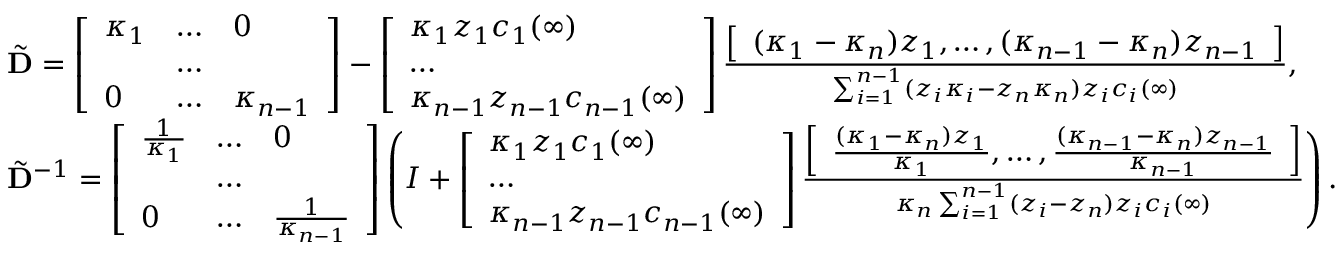
\begin{array} { r l } & { \tilde { \mathbf { D } } = \left[ \begin{array} { l l l } { \kappa _ { 1 } } & { \hdots } & { 0 } \\ & { \hdots } & \\ { 0 } & { \hdots } & { \kappa _ { n - 1 } } \end{array} \right] - \left[ \begin{array} { l } { \kappa _ { 1 } z _ { 1 } c _ { 1 } ( \infty ) } \\ { \hdots } \\ { \kappa _ { n - 1 } z _ { n - 1 } c _ { n - 1 } ( \infty ) } \end{array} \right] \frac { \left[ \begin{array} { l } { ( \kappa _ { 1 } - \kappa _ { n } ) z _ { 1 } , \hdots , ( \kappa _ { n - 1 } - \kappa _ { n } ) z _ { n - 1 } } \end{array} \right] } { \sum _ { i = 1 } ^ { n - 1 } ( z _ { i } \kappa _ { i } - z _ { n } \kappa _ { n } ) z _ { i } c _ { i } ( \infty ) } , } \\ & { \tilde { \mathbf { D } } ^ { - 1 } = \left[ \begin{array} { l l l } { \frac { 1 } { \kappa _ { 1 } } } & { \hdots } & { 0 } \\ & { \hdots } & \\ { 0 } & { \hdots } & { \frac { 1 } { \kappa _ { n - 1 } } } \end{array} \right] \left( I + \left[ \begin{array} { l } { \kappa _ { 1 } z _ { 1 } c _ { 1 } ( \infty ) } \\ { \hdots } \\ { \kappa _ { n - 1 } z _ { n - 1 } c _ { n - 1 } ( \infty ) } \end{array} \right] \frac { \left[ \begin{array} { l } { \frac { ( \kappa _ { 1 } - \kappa _ { n } ) z _ { 1 } } { \kappa _ { 1 } } , \hdots , \frac { ( \kappa _ { n - 1 } - \kappa _ { n } ) z _ { n - 1 } } { \kappa _ { n - 1 } } } \end{array} \right] } { \kappa _ { n } \sum _ { i = 1 } ^ { n - 1 } ( z _ { i } - z _ { n } ) z _ { i } c _ { i } ( \infty ) } \right) . } \end{array}